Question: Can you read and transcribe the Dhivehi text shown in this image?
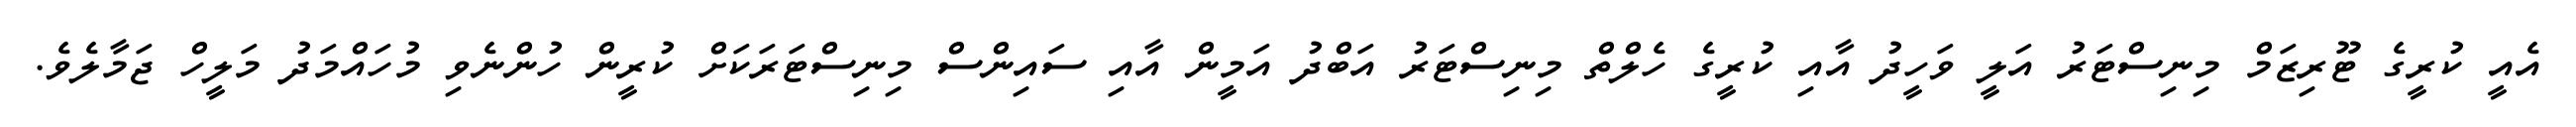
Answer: އެއީ ކުރީގެ ޓޫރިޒަމް މިނިސްޓަރު އަލީ ވަހީދު އާއި ކުރީގެ ހެލްތް މިނިސްޓަރު އަބްދު އަމީން އާއި ސައިންސް މިނިސްޓަރަކަށް ކުރީން ހުންނެވި މުހައްމަދު މަލީހް ޖަމާލެވެ.